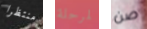
منتظرا لمرحلة صن